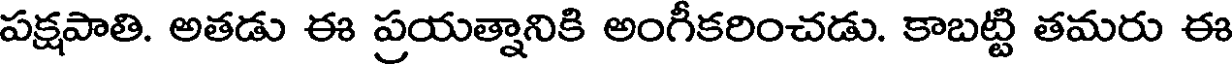
పక్షపాతి. అతడు ఈ ప్రయత్నానికి అంగీకరించడు. కాబట్టి తమరు ఈ